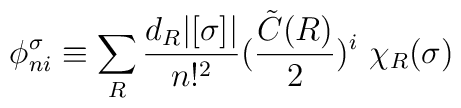
\phi _{n i }^\sigma \equiv \sum_R  \frac{d_R | [\sigma ] |}{n !^2} (\frac{{\tilde C} (R)}{2} )^i \  \chi_R (\sigma )